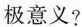
极意义?